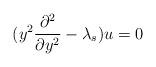
LaTeX: \begin{align*}(y^2\frac{\partial^2}{\partial y^2}-\lambda_s)u = 0\end{align*}